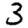
Digit: 3